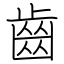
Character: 齒